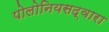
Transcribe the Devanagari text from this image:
पोलोनियसद्वारा